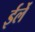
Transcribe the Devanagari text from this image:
ईर्ले